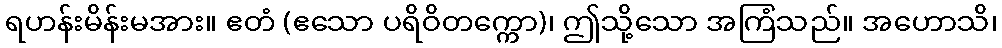
ရဟန်းမိန်းမအား။ ဧတံ (ဧသော ပရိဝိတက္ကော)၊ ဤသို့သော အကြံသည်။ အဟောသိ၊